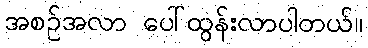
အစဉ်အလာ ပေါ်ထွန်းလာပါတယ်။